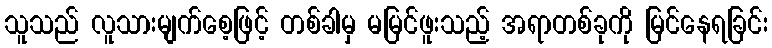
သူသည် လူသားမျက်စေ့ဖြင့် တစ်ခါမှ မမြင်ဖူးသည့် အရာတစ်ခုကို မြင်နေရခြင်း